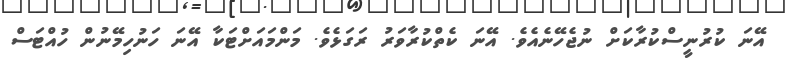
އޭނަ ކުރުނީސްކުރާކަށް ނުޖެހޭނެއެވެ. އޭނަ ކެތްކުރާވަރު ރަގަޅެވެ. މަންމައަށްޓަކާ އޭނަ ހަނުހިމޭނުން ހުއްޓަސް